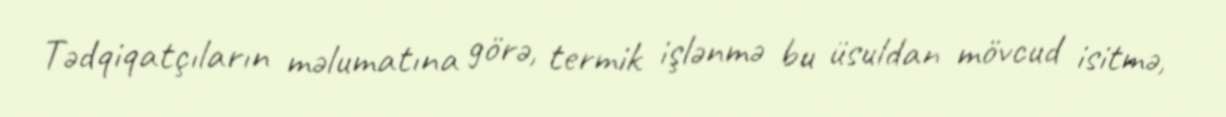
Tədqiqatçıların məlumatına görə, termik işlənmə bu üsuldan mövcud isitmə,